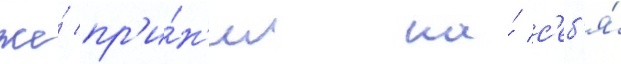
же́ пр'и́н'ял на́ с'еб'я́